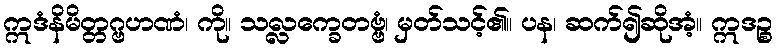
ဣဒံနိမိတ္တဂ္ဗဟဏံ၊ ကို။ သလ္လက္ခေတဗ္ဗံ၊ မှတ်သင့်၏။ ပန၊ ဆက်၍ဆိုအံ့။ ဣဒဉ္စ